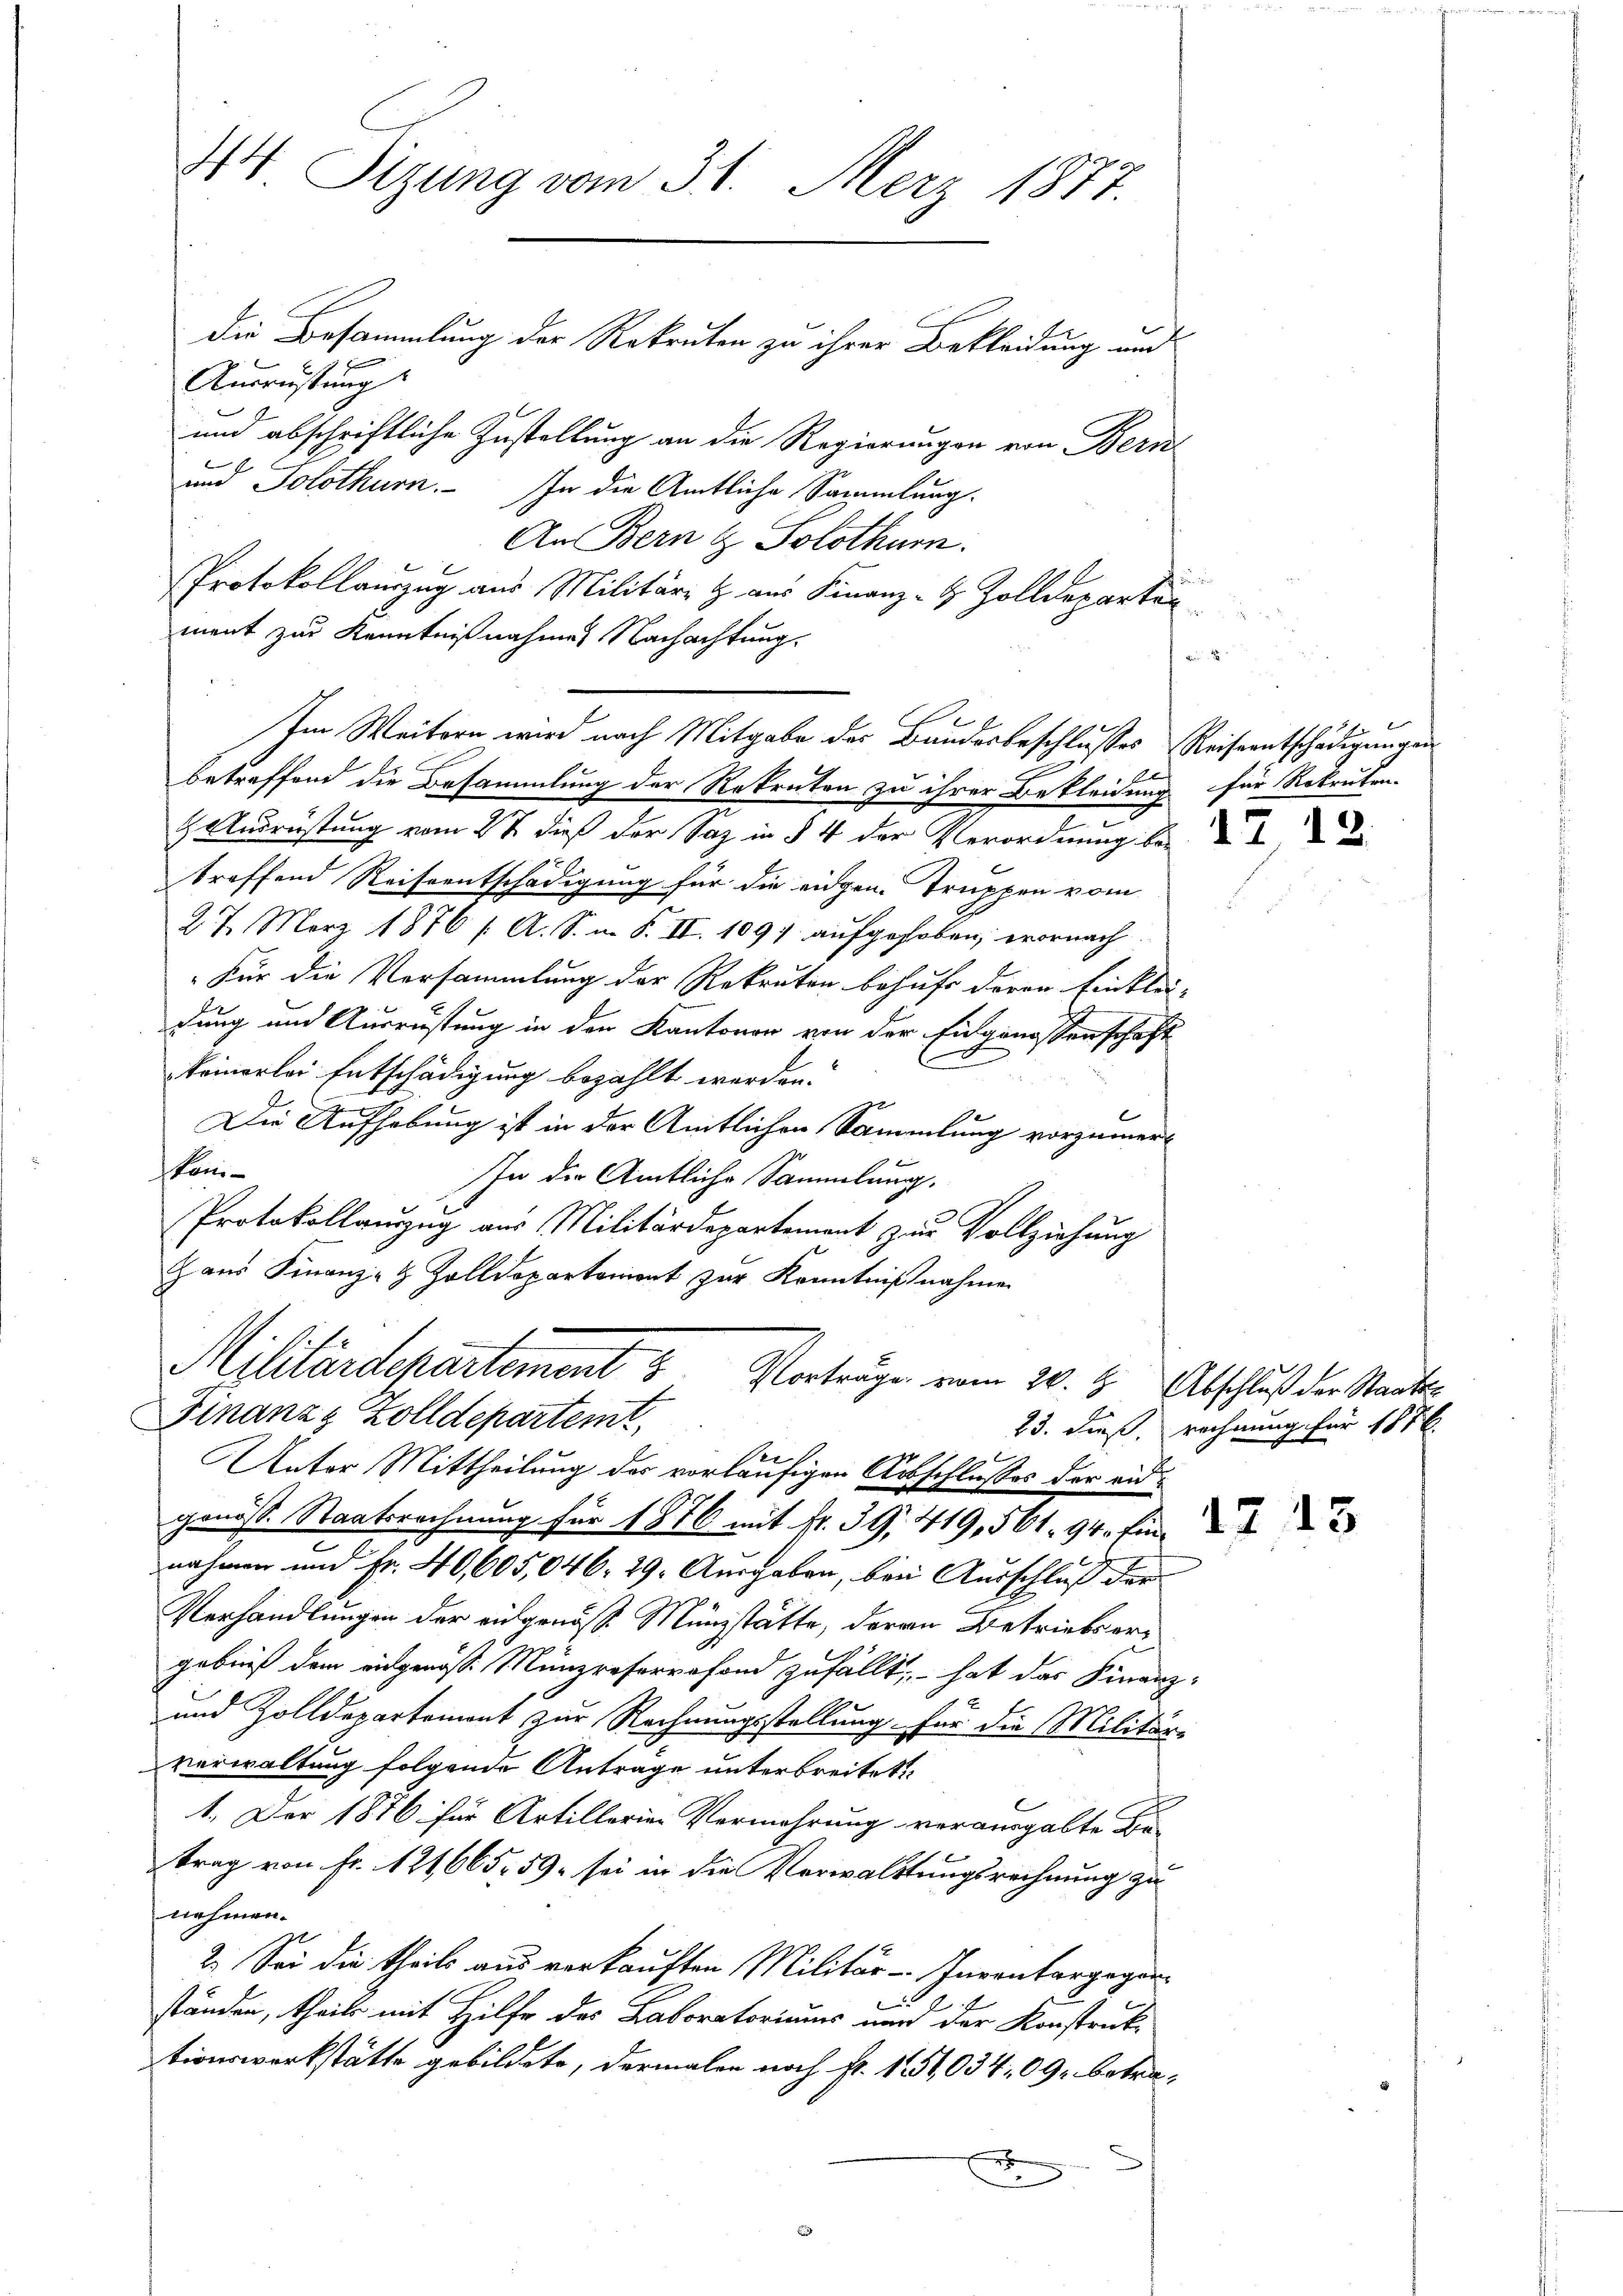
44 Sitzung vom 31. Merz 1877.
die Besammlung der Rekruten zu ihrer Bekleidung und
7 J

Ausrüstung
und abschriftliche Zustellung an die Regierungen von Bern
t
und Solothurn. In die Amtliche Sammlung.
An Bern & Solothurn.
a
Protokollauszug aus Militär H. aus Finanz- & Zolldeparte
ment zur Kenntnißnahmes Nachachtung.
e
Im Weitern wird nach Mitgabe des Baudesbeschlusses Reiseentschädigungen
E
Betreffend die Besammlung der Rekruten zu ihrer Bekleidung für Rekruten-
 Ausrüstung vom 27. dieß der Saz in § 4 der Verordnung be
treffend Reiseentschädigung für die eidgen. Truppen vom
27. März 1876 / A. S. m. S. II. 1091. aufgehoben, wornach
Für die Versammlung der Rekruten behufs deren Einklei-
dung und Ausrüstung in den Kantonen von der Eingenossenschaft
keinerlei Entschädigung bezahlt werden.
Die Aufhebung ist in der Amtlichen Sammlung vorzumerk
sken
In der Amtliche Sammlung.
Protokollauszug aus Militärdepartement zur Vollziehung
Hans Finanz- & Zolldepartemont zur Kenntnißnahmen
Militärdepartement 5 Vorträge vom 20. d. Abschluß der Standts
Finanzz Zolldepartemt,
e
Unter Mittheilung der vorläufigen Ausschlußes der eidgenosse Staatsrechnung für 1876 mit Fr. 39, 419, 561. 94. fin
nahmen und Fr. 40,005,046. 29. Ausgaben, bei Ausschluß der
Verhandlungen der eidgenöss. Münzstätte, deren Betriebsergebniß dem eidgenöß: Münzreferrafond zufällt, – hat das Finanz-
und Zolldepartemont zur Rechnungsstellung für die Militär-
Verwaltung folgende Anträge unterbreitet
1. Der 1876 für Artillerier Vermehrung verausgabte Be-
trag von Fr. 121665, 59 sei in die Verwalttungsrechnung zu
nehmen.
2.) Sei die theils aus verkauften Militär-Inventargeganständen, theils mit Hilfe des Laboratoriums und der Konstruktionswerkstätte gebildete, dermalen noch fr. 151,034. 09 betrex

12.

23. dieß. rechnung für 187